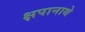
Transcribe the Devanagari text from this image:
क्षपानाथे